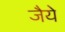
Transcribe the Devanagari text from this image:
जैये